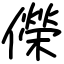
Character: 儝